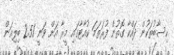
ހިސާބުތަކުން ދައްކާ ގޮތުން ފުރަތަމަ ކުއާޓާގައި މީރާ އަށް ވަނީ 2.51 ބިލިއަން